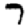
Digit: 7